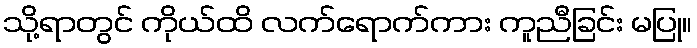
သို့ရာတွင် ကိုယ်ထိ လက်ရောက်ကား ကူညီခြင်း မပြု။